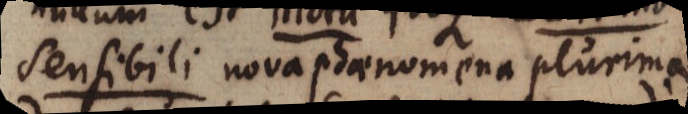
sensibili nova phaenomena plurima